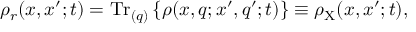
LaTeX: \rho _ { r } ( x , x ^ { \prime } ; t ) = \mathrm { T r } _ { ( q ) } \left\{ \rho ( x , q ; x ^ { \prime } , q ^ { \prime } ; t ) \right\} \equiv \rho _ { \mathrm { X } } ( x , x ^ { \prime } ; t ) ,